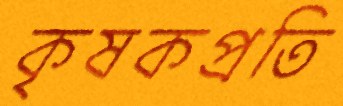
কৃষকপ্রতি